Annual report on the health of the army in India
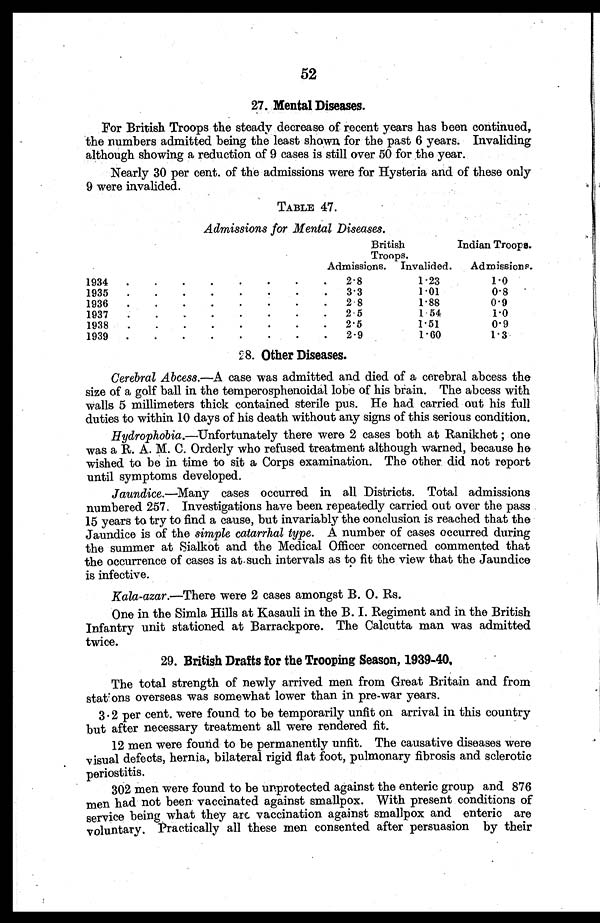
52
27. Mental Diseases.
For British Troops the steady decrease of recent years has been continued,
the numbers admitted being the least shown for the past 6 years. Invaliding
although showing a reduction of 9 cases is still over 50 for the year.
Nearly 30 per cent. of the admissions were for Hysteria and of these only
9 were invalided.
TABLE 47.
Admissions for Mental Diseases.
British
Troops.
Indian Troops.
Admissions. Invalided.
Admissions.
1934
.
.
.
.
.
.
.
.
2.8
1.23
1.0
1935
.
.
.
.
.
.
.
.
3.3
1.01
0.8
1936
.
.
.
.
.
.
.
.
2.8
1.88
0.9
1937
.
.
.
.
.
.
.
.
2.5
1. 54
1.0
1938
.
.
.
.
.
.
.
.
2.5
1.51
0.9
1939
.
.
.
.
.
.
.
.
2.9
1.60
1.3
8. Other Diseases.
Cerebral Abcess.—A case was admitted and died of a cerebral abcess the
size of a golf ball in the temperosphenoidal lobe of his brain. The abcess with
walls 5 millimeters thick contained sterile pus. He had carried out his full
duties to within 10 days of his death without any signs of this serious condition.
Hydrophobia .—Unfortunately there were 2 cases both at Ranikhet ; one
was a R. A. M. C. Orderly who refused treatment although warned, because he
wished to be in time to sit a Corps examination. The other did not report
until symptoms developed.
Jaundice .—Many cases occurred in all Districts. Total admissions
numbered 257. Investigations have been repeatedly carried out over the pass
15 years to try to find a cause, but invariably the conclusion is reached that the
Jaundice is of the simple catarrhal type. A number of cases occurred during
the summer at Sialkot and the Medical Officer concerned commented that
the occurrence of cases is at such intervals as to fit the view that the Jaundice
is infective.
Kala-azar .—There were 2 cases amongst B. O. Rs.
One in the Simla Hills at Kasauli in the B. I. Regiment and in the British
Infantry unit stationed at Barrackpore. The Calcutta man was admitted
twice.
29. British Drafts for the Trooping Season, 1939-40.
The total strength of newly arrived men from Great Britain and from
stations overseas was somewhat lower than in pre-war years.
3.2 per cent. were found to be temporarily unfit on arrival in this country
but after necessary treatment all were rendered fit.
12 men were found to be permanently unfit. The causative diseases were
visual defects, hernia, bilateral rigid flat foot, pulmonary fibrosis and sclerotic
periostitis.
302 men were found to be unprotected against the enteric group and 876
men had not been vaccinated against smallpox. With present conditions of
service being what they are vaccination against smallpox and enteric are
voluntary. Practically all these men consented after persuasion by their